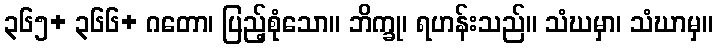
၃၆၅+ ၃၆၆+ ဂတော၊ ပြည့်စုံသော။ ဘိက္ခု၊ ရဟန်းသည်။ သံဃမှာ၊ သံဃာမှ။